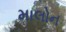
માલોન